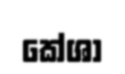
කේශා